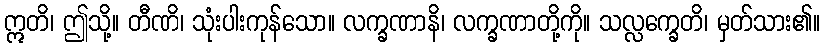
ဣတိ၊ ဤသို့။ တီဏိ၊ သုံးပါးကုန်သော။ လက္ခဏာနိ၊ လက္ခဏာတို့ကို။ သလ္လက္ခေတိ၊ မှတ်သား၏။